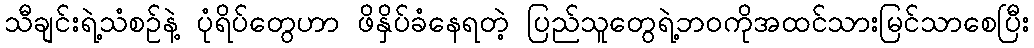
သီချင်းရဲ့သံစဉ်နဲ့ ပုံရိပ်တွေဟာ ဖိနှိပ်ခံနေရတဲ့ ပြည်သူတွေရဲ့ဘဝကိုအထင်သားမြင်သာစေပြီး